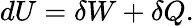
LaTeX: dU=\delta W+\delta Q.